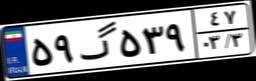
۴۸گ۱۳۰۱۴